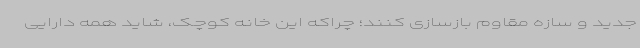
جدید و سازه مقاوم بازسازی کنند؛ چراکه این خانه کوچک، شاید همه دارایی